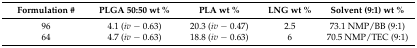
<table><thead><tr><td><b>Formulation #</b></td><td><b>PLGA 50:50 wt %</b></td><td><b>PLA wt %</b></td><td><b>LNG wt %</b></td><td><b>Solvent (9:1) wt %</b></td></tr></thead><tbody><tr><td>96</td><td>4.1 (<i>iv</i> − 0.63)</td><td>20.3 (<i>iv</i> − 0.47)</td><td>2.5</td><td>73.1 NMP/BB (9:1)</td></tr><tr><td>64</td><td>4.7 (<i>iv</i> − 0.63)</td><td>18.8 (<i>iv</i> − 0.63)</td><td>6</td><td>70.5 NMP/TEC (9:1)</td></tr></tbody></table>